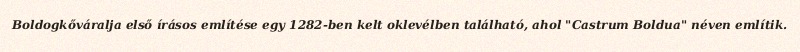
Boldogkőváralja első írásos említése egy 1282-ben kelt oklevélben található, ahol "Castrum Boldua" néven említik.